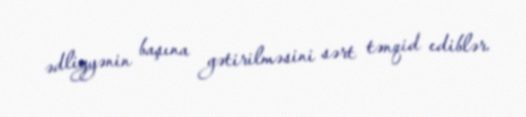
ədliyyənin başına gətirilməsini sərt tənqid ediblər.